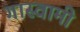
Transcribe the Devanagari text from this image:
गास्वामी